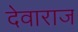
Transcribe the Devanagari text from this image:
देवाराज